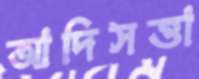
আদিসত্তা